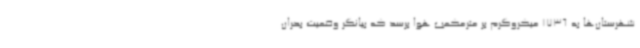
شهرستان‌ها به 1736 میکروگرم بر مترمکعب هوا برسد که بیانگر وضعیت بحران